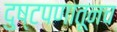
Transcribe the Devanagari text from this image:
दुष्टपणातूनच